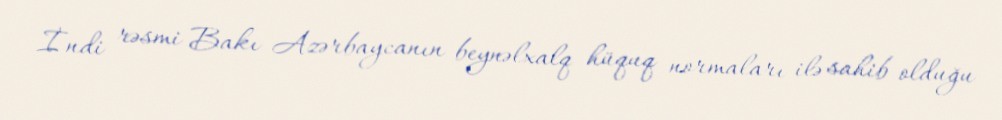
İndi rəsmi Bakı Azərbaycanın beynəlxalq hüquq normaları ilə sahib olduğu